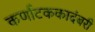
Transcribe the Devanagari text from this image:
कर्णाटककादंबरी